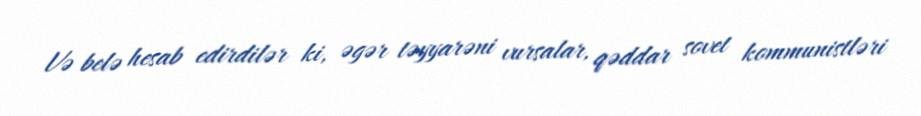
Və belə hesab edirdilər ki, əgər təyyarəni vursalar, qəddar sovet kommunistləri